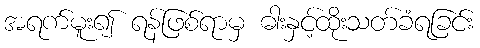
အရက်မူး၍ ရန်ဖြစ်ရာမှ ဓါးနှင့်ထိုးသတ်ခံရခြင်း